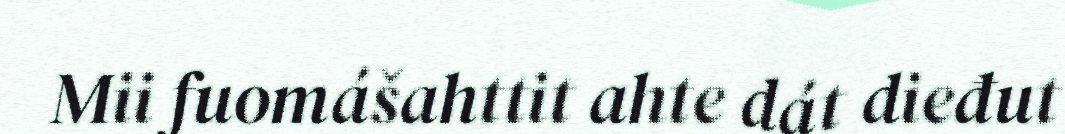
Mii fuomášahttit ahte dát dieđut